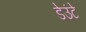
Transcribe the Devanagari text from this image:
डेउंटे